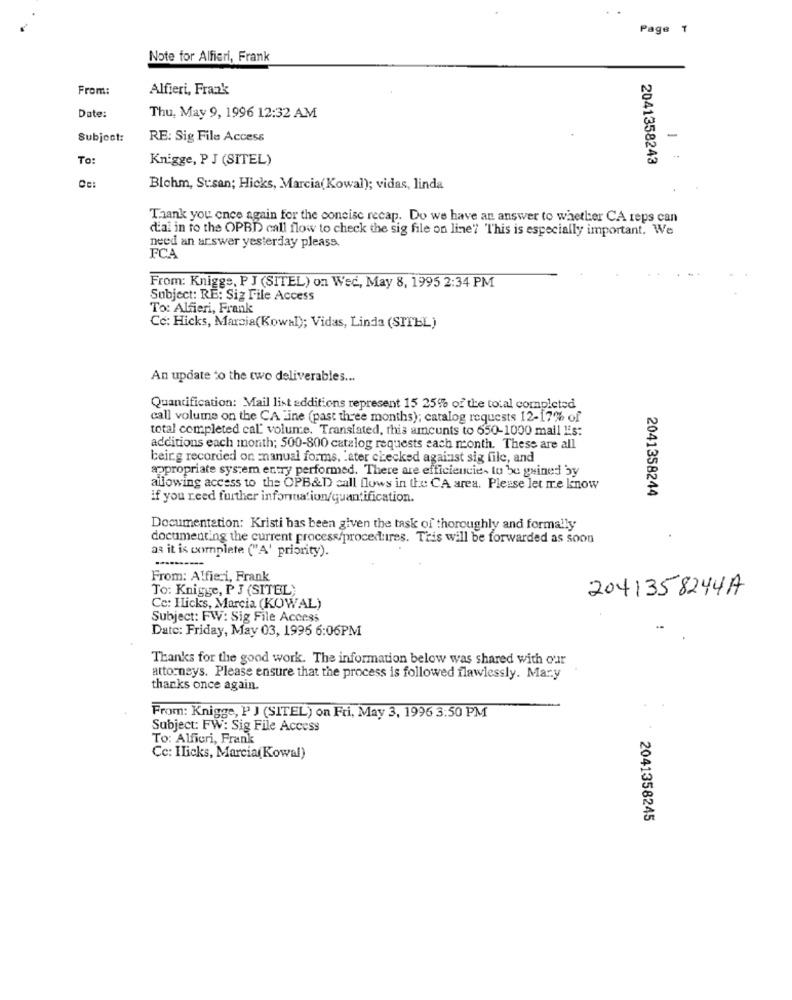
Page
Note for Alfieri, Frank
From:
Alfieri, Frank
Date:
Thu, May 9, 1996 12:32 AM
Subject:
RE: Sig File Access
-
To:
Knigge, P J (SITEL)
2041358243
Cc:
Blohm, Susan; Hicks, Marcia(Kowal); vidas, linda
Thank you once again for the concise recap. Do we have an answer to whether CA reps can
d'ai in to the OPBD call flow to check the sig file on line" "This is especially important. We
need an arswer yesterday pleass.
FCA
From: Knigge, P J (SITEL) on Wed, May 8, 1995 2:34 PM
Subject: RE: Siz File Access
To: Alfieri, Frank
Cc: Hicks, Marzia(Kowal); Vidas, Linda (SITEL)
An update to the two deliverables ...
Quantification: Mail list additions represent 15 25% of the total completed
call volume on the CA line (past three months); catalog requests 12-17% of
total completed cal volume. Translated, this amcunts to 650-1000 mail Es:
additions each month; 500-800 catalog requests each month. These are all
being recorded on manual forms, 'ater checked against sig file, and
appropriate system entry performed. There are efficiencies to be guined by
allowing access to the OPB&D call flows in the CA area. Please let me know
2041358244
if you need further information/quantification.
Documentation: Kristi has been given the task of thoroughly and formally
documenting the current process/procedures. Tris will be forwarded as soon
as it is complete ("A' priority).
From: Alfieri, Frank
To: Knigge, P J (SITEL)
2041358244A
Cc: Hicks, Marcia (KOWAL)
Subject: FW: Sig File Access
Date: Friday, May 03, 1995 6:06PM
Thanks for the good work. The information below was shared with our
attorneys. Please ensure that the process is followed flawlessly. Mary
thanks once again.
From: Knigge, P J (SITEL) on Fri, May 3, 1996 3:50 PM
Subject: FW: Sig File Access
To: Alfieri, Frank
Cc: Ilicks, Marcia(Kowal)
2041358245